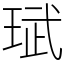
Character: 珷